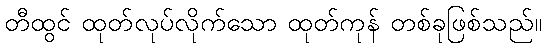
တီထွင် ထုတ်လုပ်လိုက်သော ထုတ်ကုန် တစ်ခုဖြစ်သည်။